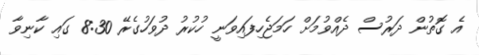
އެ ގޮތުން ދަރުސް ދެއްވުމަށް ހަމަޖެހިފައިވަނީ ހުކުރު ދުވަހުގެރޭ 8:30 ގައި ކާނިވާ